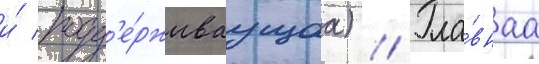
и́ подд'е́рживаущаа) // Гла́внаа